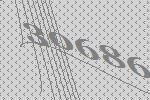
30686